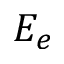
E _ { e }